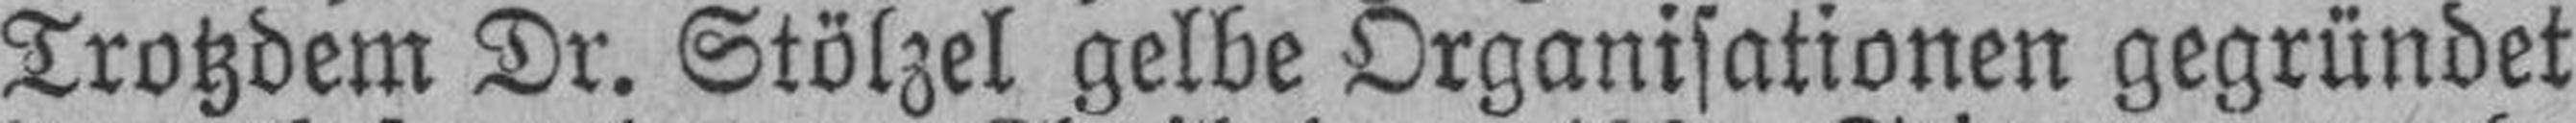
Trotzdem Dr. Stölzel gelbe Organisationen gegründet